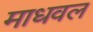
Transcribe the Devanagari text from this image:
माधवल